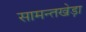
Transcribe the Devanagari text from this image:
सामन्तखेड़ा